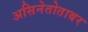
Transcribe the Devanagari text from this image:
असिनेतोताबर